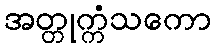
အတ္တုက္ကံသကော